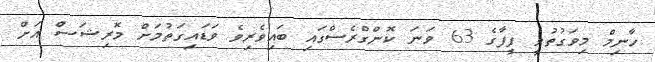
ހާނިމް މިވަގުތުވީ ފީފާގެ 63 ވަނަ ކޮންގްރެސްގައި ބައިވެރިވެ ވަޑައިގަތުމަށް މޮރިޝަސް އަށް